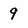
Character: 9